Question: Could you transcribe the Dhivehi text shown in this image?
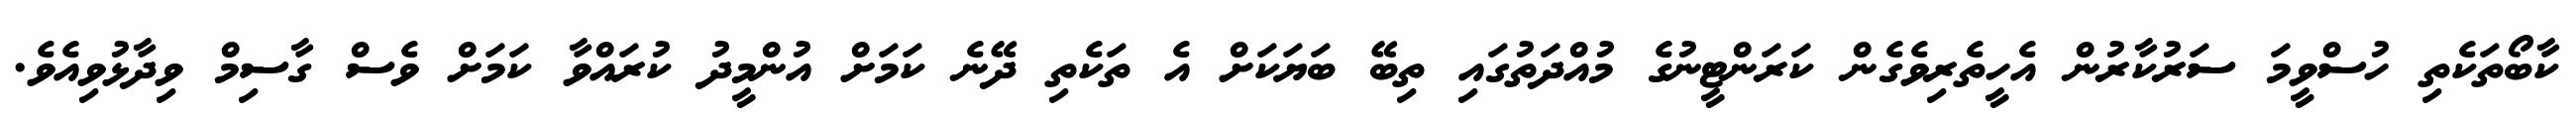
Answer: ކާބޯތަކެތި ހުސްވީމަ ސަރުކާރުން އެހީތެރިވެގެން ކަރަންޓީނުގެ މުއްދަތުގައި ތިބޭ ބަޔަކަށް އެ ތަކެތި ދޭނެ ކަމަށް އުންމީދު ކުރައްވާ ކަމަށް ވެސް ގާސިމް ވިދާޅުވިއެވެ.